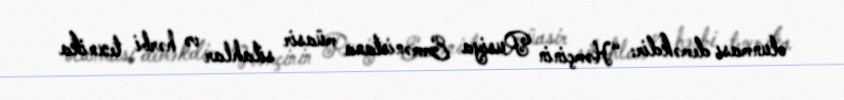
olunması deməkdir: “Həmçinin Rusiya Ermənistana müasir silahlar və hərbi texnika